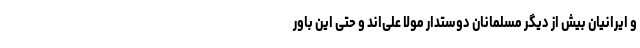
و ایرانیان بیش از دیگر مسلمانان دوستدار مولا علی‌اند و حتی این باور